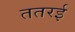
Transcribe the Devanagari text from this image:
ततरई